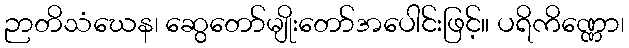
ဉာတိသံဃေန၊ ဆွေတော်မျိုးတော်အပေါင်းဖြင့်။ ပရိကိဏ္ဏော၊